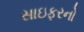
સાઇફરનો